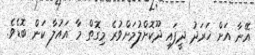
އޭނާ އަށް ޚަރަދު ދީފައި ދޫކޮށްލުމަށްވުރެ މިގޮތް މާ އައުލާ ކަން ބޮޑެވެ.